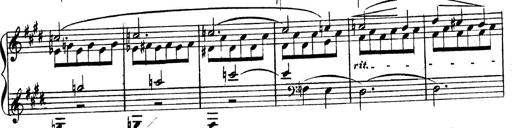
Title: 3 Caprices-Valses
Composer: Franz Liszt